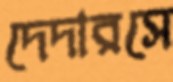
দেদারসে